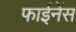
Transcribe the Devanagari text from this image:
फाईनेंस